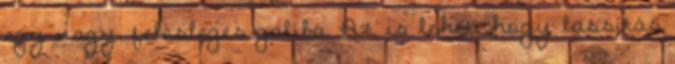
egy nagy, felesleges galiba. Az is lehet, hogy lassítás